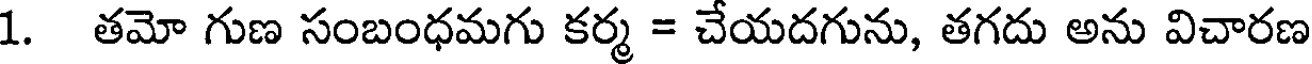
1. తమో గుణ సంబంధమగు కర్మ = చేయదగును, తగదు అను విచారణ